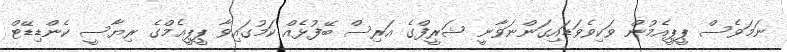
ނަމަވެސް ޕީޕީއެމުން ވަކިވެވަޑައިގަންނަވާނީ ޝަރީފްގެ އަރިސް ބޭފުޅެއް ކަމުގައިވާ ޕީޕީއެމްގެ ރިޔާސީ ކެންޑިޑޭޓް